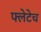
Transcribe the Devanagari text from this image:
फ्लेटेच